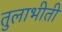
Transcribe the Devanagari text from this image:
तुलाभीती